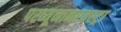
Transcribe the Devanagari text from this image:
परव्यूनानएक्स्ट्रा